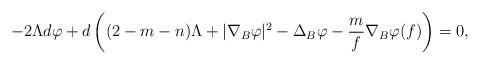
LaTeX: \begin{align*}-2 \Lambda d \varphi+d\left((2-m-n)\Lambda+|\nabla_{B} \varphi|^{2}-\Delta_{B} \varphi-\frac{m}{f} \nabla_{B} \varphi(f)\right)=0,\end{align*}